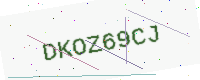
Text: DKOZ69CJ